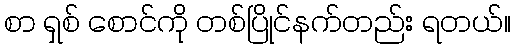
စာ ရှစ် စောင်ကို တစ်ပြိုင်နက်တည်း ရတယ်။